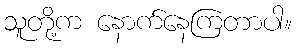
သူတို့က နောက်နေကြတာပါ။